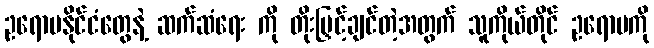
ဥရောပနိုင်ငံတွေနဲ့ ဆက်ဆံရေး ကို တိုးမြှင့်ချင်တဲ့အတွက် သူကိုယ်တိုင် ဥရောပကို